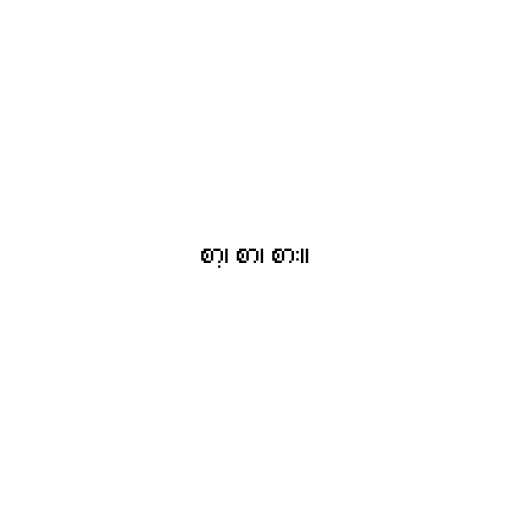
စာ့၊ စာ၊ စား။